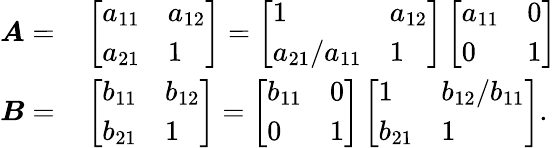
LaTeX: \begin{array}{rl}{\boldsymbol{A}=}&{{}\left[\begin{array}{ll}{a_{11}}&{a_{12}}\\ {a_{21}}&{1}\end{array}\right]=\left[\begin{array}{ll}{1}&{a_{12}}\\ {a_{21}/a_{11}}&{1}\end{array}\right]\left[\begin{array}{ll}{a_{11}}&{0}\\ {0}&{1}\end{array}\right]}\\ {\boldsymbol{B}=}&{{}\left[\begin{array}{ll}{b_{11}}&{b_{12}}\\ {b_{21}}&{1}\end{array}\right]=\left[\begin{array}{ll}{b_{11}}&{0}\\ {0}&{1}\end{array}\right]\left[\begin{array}{ll}{1}&{b_{12}/b_{11}}\\ {b_{21}}&{1}\end{array}\right].}\end{array}